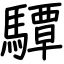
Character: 驔